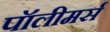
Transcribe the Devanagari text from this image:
पॉलीमर्स